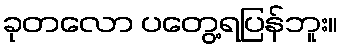
ခုတလော ပတွေ့ရပြန်ဘူး။